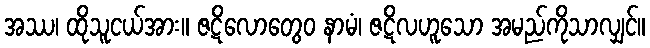
အဿ၊ ထိုသူငယ်အား။ ဇဋိလောတွေဝ နာမံ၊ ဇဋိလဟူသော အမည်ကိုသာလျှင်။